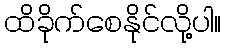
ထိခိုက်စေနိုင်လို့ပါ။